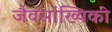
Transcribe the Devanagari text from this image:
जैवसांख्‍यिकी